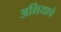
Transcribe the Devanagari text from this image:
अशियाचे